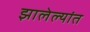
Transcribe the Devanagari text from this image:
झालेल्‍यांत